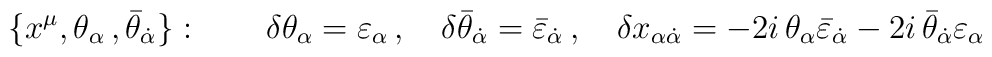
\{x^\mu ,\theta_\alpha\,, \bar\theta_{\dot\alpha}\}:\qquad\delta\theta_\alpha=\varepsilon_\alpha\,,\quad \delta\bar\theta_{\dot\alpha}=\bar\varepsilon_{\dot\alpha}\,, \quad \delta x_{\alpha\dot\alpha}= -2i\,\theta_{\alpha}\bar\varepsilon_{\dot\alpha}-2i\,\bar\theta_{\dot\alpha}\varepsilon_{\alpha}